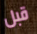
قبل